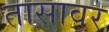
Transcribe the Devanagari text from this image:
तासावर